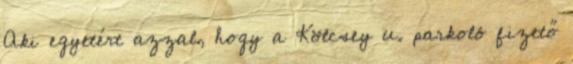
Aki egyetért azzal, hogy a Kölcsey u. parkoló fizető